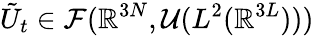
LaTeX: \tilde{U}_{t}\in{\cal F}(\mathbb{R}^{3N},{\cal U}(L^{2}(\mathbb{R}^{3L})))